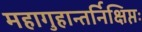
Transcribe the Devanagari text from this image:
महागुहान्तर्निक्षिप्तः